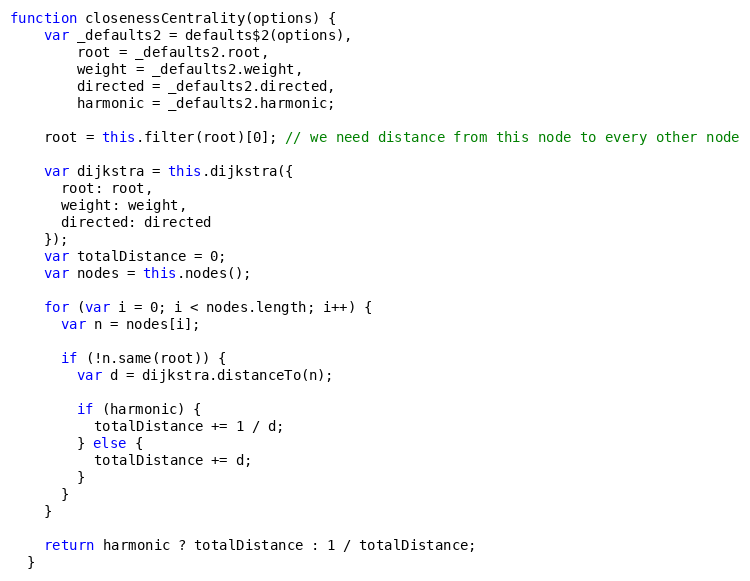
Language: JavaScript
function closenessCentrality(options) {
    var _defaults2 = defaults$2(options),
        root = _defaults2.root,
        weight = _defaults2.weight,
        directed = _defaults2.directed,
        harmonic = _defaults2.harmonic;

    root = this.filter(root)[0]; // we need distance from this node to every other node

    var dijkstra = this.dijkstra({
      root: root,
      weight: weight,
      directed: directed
    });
    var totalDistance = 0;
    var nodes = this.nodes();

    for (var i = 0; i < nodes.length; i++) {
      var n = nodes[i];

      if (!n.same(root)) {
        var d = dijkstra.distanceTo(n);

        if (harmonic) {
          totalDistance += 1 / d;
        } else {
          totalDistance += d;
        }
      }
    }

    return harmonic ? totalDistance : 1 / totalDistance;
  }